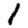
Digit: 1